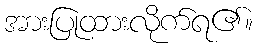
အားပြုထားလိုက်ရ၏။